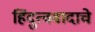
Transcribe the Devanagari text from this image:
हिंदुत्ववादाचे